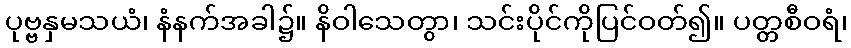
ပုဗ္ဗနှမသယံ၊ နံနက်အခါ၌။ နိဝါသေတွာ၊ သင်းပိုင်ကိုပြင်ဝတ်၍။ ပတ္တစီဝရံ၊